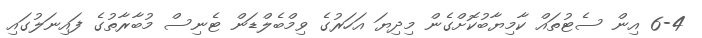
6-4 އިން ސެޓުތައް ކާމިޔާބުކޮށްގެން މިދިޔަ އަހަރުގެ ވިމްބެލްޑަން ޓެނިސް މުބާރާތުގެ ފައިނަލުގައި